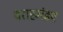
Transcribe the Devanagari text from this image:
वराहमंडप